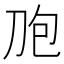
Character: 𰄤